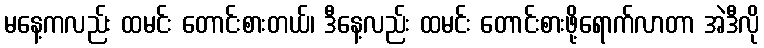
မနေ့ကလည်း ထမင်း တောင်းစားတယ်၊ ဒီနေ့လည်း ထမင်း တောင်းစားဖို့ရောက်လာတာ အဲဒီလို